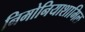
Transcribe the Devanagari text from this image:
निमोनियाशामिल